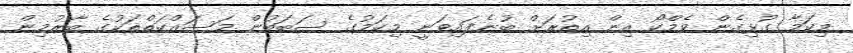
މިކަމާ ގުޅިގެން ވެމްކޯ އިން އިތުރަށް ބުނެފައިވަނީ މިކަމުގެ ސަބަބުން މަސައްކަތްތަކުގެ ބާރުމިން